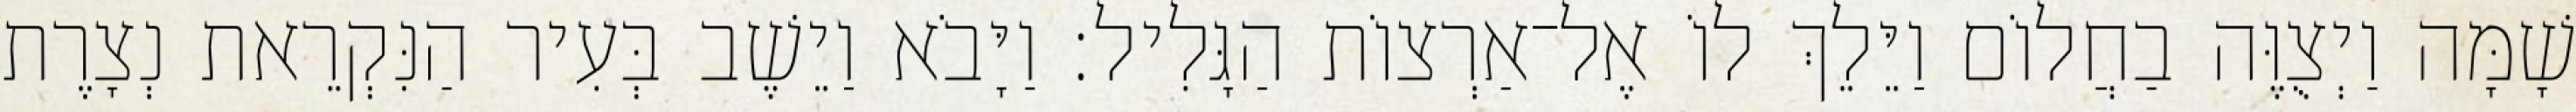
שָׁמָּה וַיְצֻוֶּה בַחֲלוֹם וַיֵּלֵךְ לוֹ אֶל־אַרְצוֹת הַגָּלִיל׃ וַיָּבֹא וַיֵשֶׁב בְּעִיר הַנִּקְרֵאת נְצָרֶת